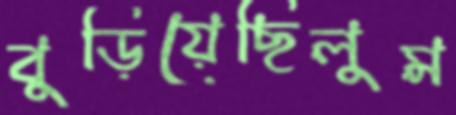
বুড়িয়েছিলুম